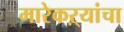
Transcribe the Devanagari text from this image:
मारेकऱ्यांचा